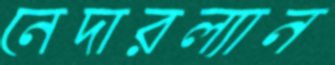
নেদারল্যান